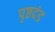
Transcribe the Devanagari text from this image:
पृष्ठदंड